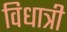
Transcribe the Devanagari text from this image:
विधात्री